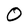
Character: 0